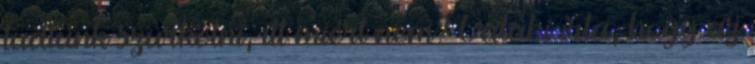
tudtunk szurkolni, itt miért nem? Valaki írta, hogy az